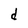
Character: d